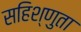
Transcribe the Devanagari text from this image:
सहिश्णुता